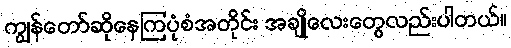
ကျွန်တော်ဆိုနေကြပုံစံအတိုင်း အချိုလေးတွေလည်းပါတယ်။